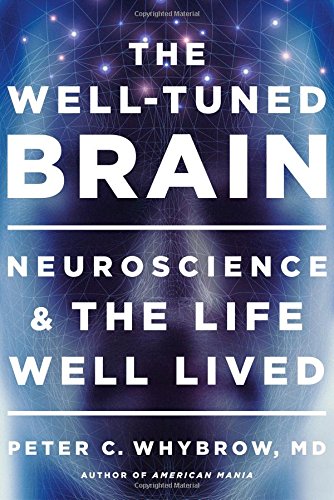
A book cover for The Well-Tuned Brain: Neuroscience and the Life Well Lived; Peter C. Whybrow MD; Politics & Social Sciences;